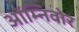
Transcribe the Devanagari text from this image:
ऑम्निवोर